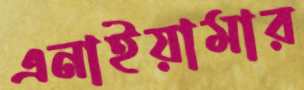
এনাইয়ামার